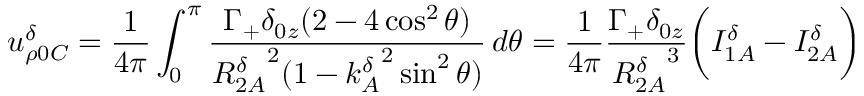
u _ { \rho 0 C } ^ { \delta } = \frac { 1 } { 4 \pi } \int _ { 0 } ^ { \pi } \frac { \Gamma _ { + } \delta _ { 0 z } ( 2 - 4 \cos ^ { 2 } \theta ) } { { R _ { 2 A } ^ { \delta } } ^ { 2 } ( 1 - { k _ { A } ^ { \delta } } ^ { 2 } \sin ^ { 2 } \theta ) } \, d \theta = \frac { 1 } { 4 \pi } \frac { \Gamma _ { + } \delta _ { 0 z } } { { R _ { 2 A } ^ { \delta } } ^ { 3 } } \bigg ( I _ { 1 A } ^ { \delta } - I _ { 2 A } ^ { \delta } \bigg )